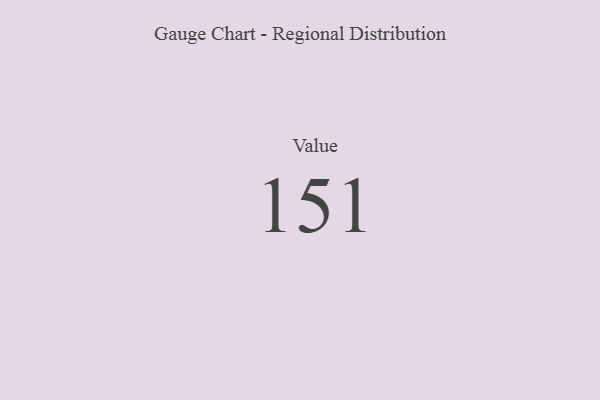
{"axis": {"x": "Metric", "y": "Value"}, "legend": [""], "data": [{"x": "Value", "y": 151, "type": ""}]}